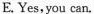
E. Yes,you can.